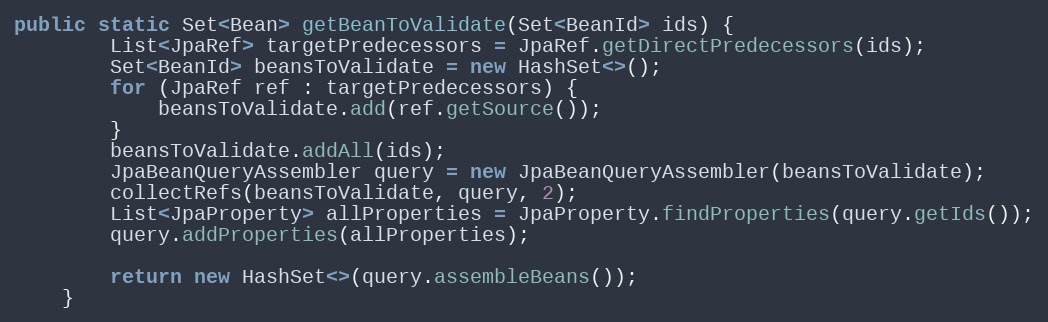
Language: Java
public static Set<Bean> getBeanToValidate(Set<BeanId> ids) {
        List<JpaRef> targetPredecessors = JpaRef.getDirectPredecessors(ids);
        Set<BeanId> beansToValidate = new HashSet<>();
        for (JpaRef ref : targetPredecessors) {
            beansToValidate.add(ref.getSource());
        }
        beansToValidate.addAll(ids);
        JpaBeanQueryAssembler query = new JpaBeanQueryAssembler(beansToValidate);
        collectRefs(beansToValidate, query, 2);
        List<JpaProperty> allProperties = JpaProperty.findProperties(query.getIds());
        query.addProperties(allProperties);

        return new HashSet<>(query.assembleBeans());
    }